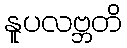
နူပလဗ္ဘတိ